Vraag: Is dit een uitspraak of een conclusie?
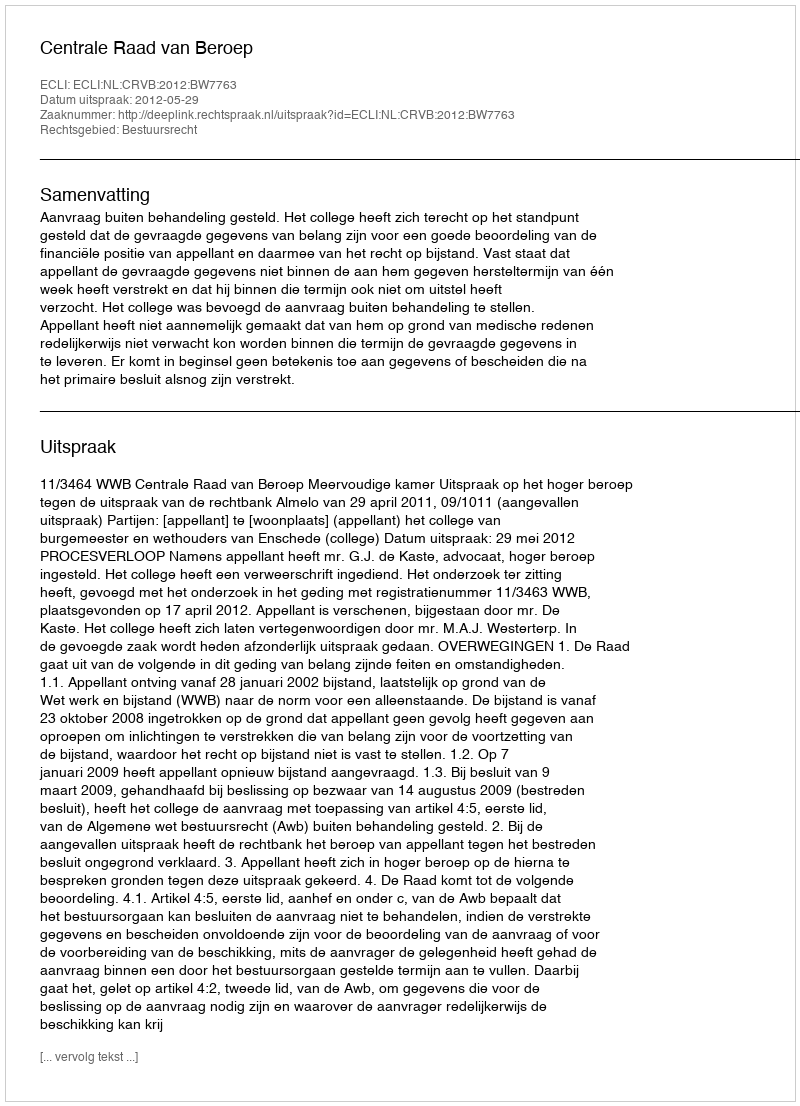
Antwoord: Uitspraak